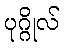
ပုဂ္ဂိုလ်